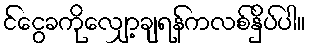
င်ငွေခကိုလျှော့ချရန်ကလစ်နှိပ်ပါ။